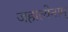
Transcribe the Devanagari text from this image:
जहात्येनाम्‌